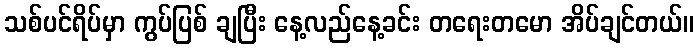
သစ်ပင်ရိပ်မှာ ကွပ်ပြစ် ချပြီး နေ့လည်နေ့ခင်း တရေးတမော အိပ်ချင်တယ်။